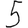
Digit: 5